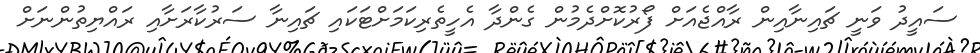
ސައީދު ވަނީ ޗައިނާއިން ރާއްޖެއަށް ފޯރުކޮށްދެމުން ގެންދާ އެހީތެރިކަމަށްޓަކައި ޗައިނާ ސަރުކާރަށާއި ރައްޔިތުންނަށް